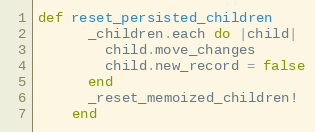
Language: Ruby
def reset_persisted_children
      _children.each do |child|
        child.move_changes
        child.new_record = false
      end
      _reset_memoized_children!
    end